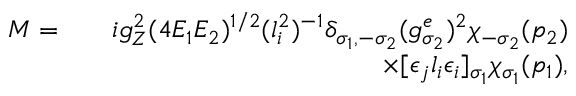
\begin{array} { r l r } { { \cal M } = } & { } & { i g _ { Z } ^ { 2 } ( 4 E _ { 1 } E _ { 2 } ) ^ { 1 / 2 } ( l _ { i } ^ { 2 } ) ^ { - 1 } \delta _ { \sigma _ { 1 } , - \sigma _ { 2 } } ( g _ { \sigma _ { 2 } } ^ { e } ) ^ { 2 } \chi _ { - \sigma _ { 2 } } ( p _ { 2 } ) } \\ & { } & { \times [ \epsilon _ { j } l _ { i } \epsilon _ { i } ] _ { \sigma _ { 1 } } \chi _ { \sigma _ { 1 } } ( p _ { 1 } ) , } \end{array}